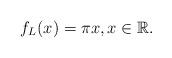
LaTeX: \begin{align*}f_{L}(x) = \pi x, x \in \mathbb{R}.\end{align*}